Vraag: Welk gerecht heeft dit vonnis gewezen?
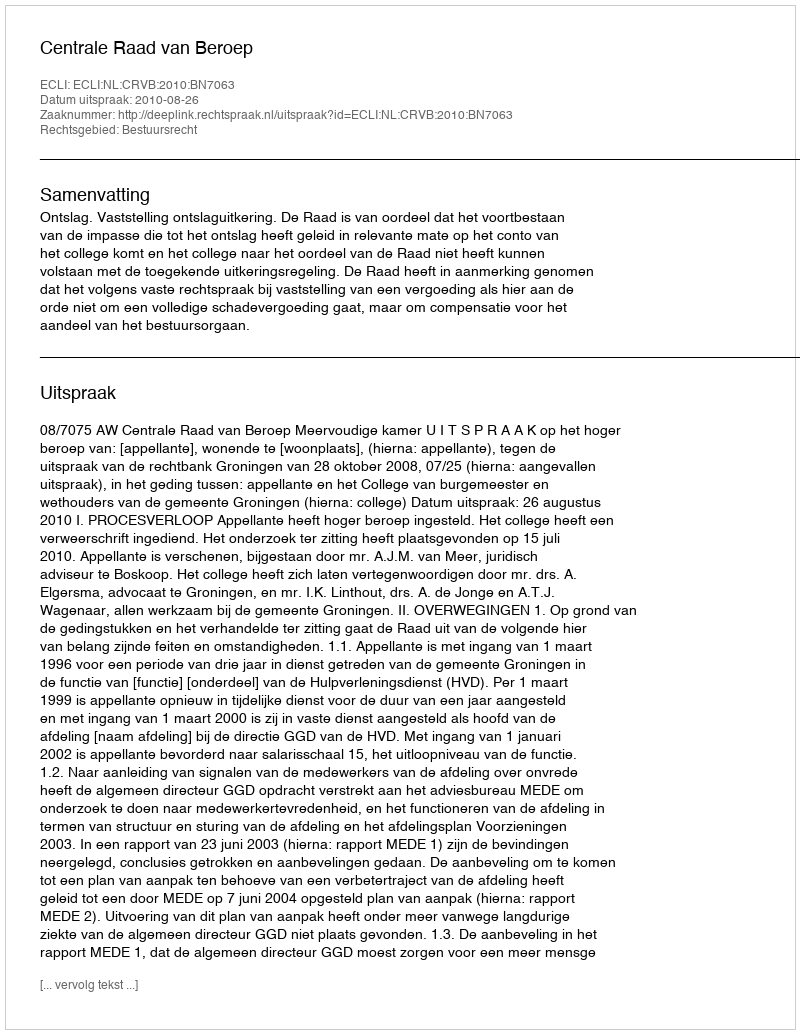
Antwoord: Centrale Raad van Beroep